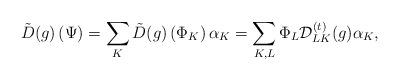
LaTeX: \begin{align*}{\tilde D}(g)\left(\Psi \right)=\sum_K {\tilde D}(g)\left(\Phi_K\right)\alpha_K=\sum_{K, L} \Phi_L {\cal D}^{(t)}_{LK}(g)\alpha_K,\end{align*}